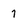
Character: 7